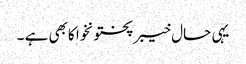
یہی حال خیبرپختونخوا کابھی ہے ۔